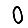
Digit: 0